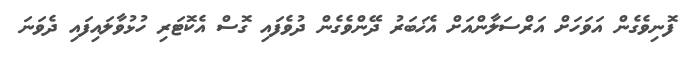
ފޮނިވެގެން އަވަހަށް އަރްސަލާންއަށް އެޚަބަރު ދޭންވެގެން ދުވެފައި ގޮސް އެކޮޓަރި ހުޅުވާލައިފައި ދެވަނަ